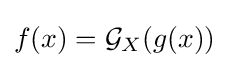
f(x)={\mathcal {G}}_{X}(g(x))